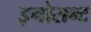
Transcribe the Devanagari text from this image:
इनोसन्ट